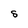
Character: S